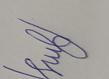
Signature authenticity: forged